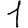
Digit: 1